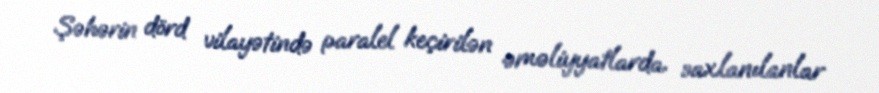
Şəhərin dörd vilayətində paralel keçirilən əməliyyatlarda saxlanılanlar